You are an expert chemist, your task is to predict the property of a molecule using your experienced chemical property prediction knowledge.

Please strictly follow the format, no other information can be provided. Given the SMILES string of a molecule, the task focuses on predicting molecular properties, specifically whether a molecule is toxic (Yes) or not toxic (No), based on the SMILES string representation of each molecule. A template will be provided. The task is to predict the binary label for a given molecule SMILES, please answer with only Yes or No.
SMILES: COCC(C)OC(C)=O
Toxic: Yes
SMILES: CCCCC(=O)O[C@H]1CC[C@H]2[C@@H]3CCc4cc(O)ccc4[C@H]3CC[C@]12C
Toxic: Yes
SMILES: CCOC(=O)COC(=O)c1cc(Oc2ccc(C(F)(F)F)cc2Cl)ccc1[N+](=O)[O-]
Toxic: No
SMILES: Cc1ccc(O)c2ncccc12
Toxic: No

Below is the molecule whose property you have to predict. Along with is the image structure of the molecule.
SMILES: CN(C)Cc1cc(C(C)(C)C)c(O)c(C(C)(C)C)c1
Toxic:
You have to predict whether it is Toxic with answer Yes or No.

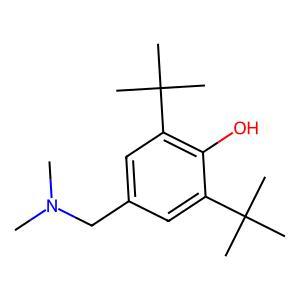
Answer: No